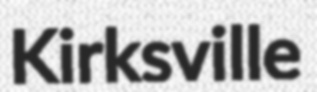
Kirksville